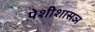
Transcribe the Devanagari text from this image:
पेशीशासञ